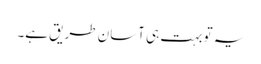
یہ تو بہت ہی آسان طریق ہے۔